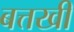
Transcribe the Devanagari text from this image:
बत्तखी